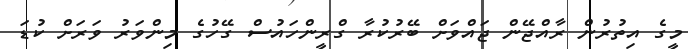
މީގެ އިތުރުން ރާއްޖޭން ޖައްވަށް ބޭރުކުރާ ގްރީންހައުސް ގޭހުގެ މިންވަރު ވަރަށް ކުޑަ